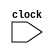
module id_ex(
	clock
);

input clock;

reg [31:0]readData1, readData2, address, pc;
reg [4:0]rt, rs, rd;
reg [1:0]aluCtrl;
reg regDst, branch, memRead, memToReg, memWrite, aluSrc, regWrite, word;

always @ (posedge clock) begin
	if (ex_mem.flushPrevInstr) begin
		regDst <= 0; 
		branch <= 0;
		memRead <= 0;
		memToReg <= 0;
		memWrite <= 0; 
		aluSrc <= 0;
		regWrite <= 0;
		word <= 0;
	end else begin 
		regDst <= decode.regDst; 
		branch <= decode.branch;
		memRead <= decode.memRead;
		memToReg <= decode.memToReg;
		memWrite <= decode.memWrite; 
		aluSrc <= decode.aluSrc;
		regWrite <= decode.regWrite;
		word <= decode.word;
	end
	readData1 <= decode.file_register.readData1;
	readData2 <= decode.file_register.readData2;
	address <= decode.address;
	aluCtrl <= decode.aluControl.aluCtrl;
	rd <= decode.rd;
	pc <= if_id.pc;
	rs <= decode.rs;
	rt <= decode.rt;
end

endmodule